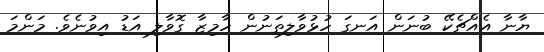
ޔާނާ އެއްޗެކޭ ބުނަން އަނގަ ހުޅުވާލިތަނުން ހާމިޒާ ގޮވާލި އަޑު އިވުނެވެ. މަންމަ